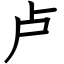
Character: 卢